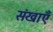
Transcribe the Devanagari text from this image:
संखाएँ